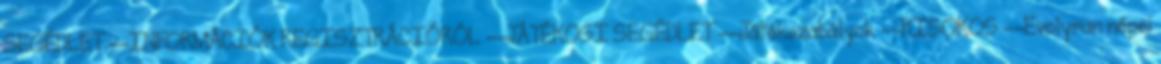
SEGÉDLET --INFORMÁCIÓK REGISZTRÁCIÓRÓL --JÁTÉKOSI SEGÉDLET --Játékszabályok --KISOKOS --Evolyran népei